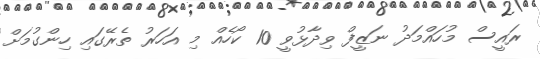
ރައީސް މުހައްމަދު ނަޒީފް ވިދާޅުވީ 10 ކޯހެއް މި އަހަރު ތެރޭގައި ހިންގުމަށް